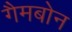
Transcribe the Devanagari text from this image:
गैमबोन